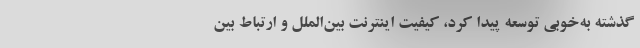
گذشته به‌خوبی توسعه پیدا کرد، کیفیت اینترنت بین‌الملل و ارتباط بین